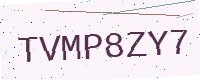
Text: TVMP8ZY7